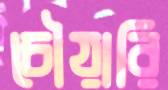
চৌয়ারি